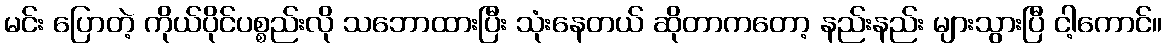
မင်း ပြောတဲ့ ကိုယ်ပိုင်ပစ္စည်းလို သဘောထားပြီး သုံးနေတယ် ဆိုတာကတော့ နည်းနည်း များသွားပြီ ငါ့ကောင်။